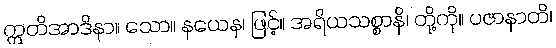
ဣတိအာဒိနာ။ သော။ နယေန၊ ဖြင့်။ အရိယသစ္စာနိ၊ တို့ကို။ ပဇာနာတိ၊